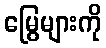
မြွေများကို